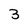
Character: 3